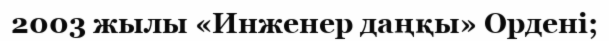
2003 жылы «Инженер даңқы» Ордені;